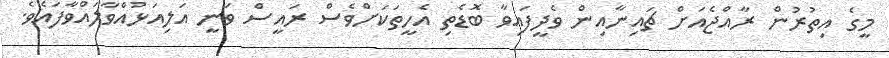
މީގެ އިތުރުން ރާއްޖެއަށް ޗައިނާއިން ވެދީފައިވާ ބޮޑެތި އެހީތަކަށްވެސް ރައީސް ވަނީ އަލިއަޅުއްވާލައްވާފައެވެ.